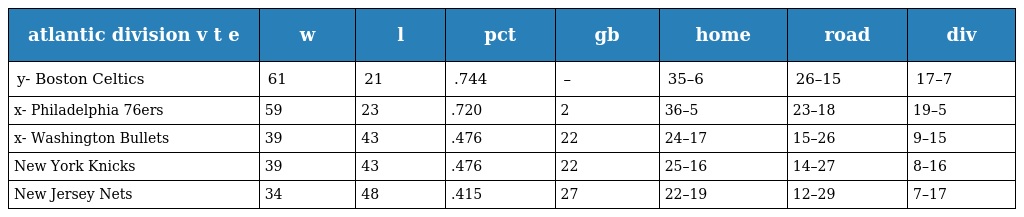
| atlantic division v t e | w | l | pct | gb | home | road | div |
 | --- | --- | --- | --- | --- | --- | --- | --- |
 | y- Boston Celtics | 61 | 21 | .744 | – | 35–6 | 26–15 | 17–7 |
 | x- Philadelphia 76ers | 59 | 23 | .720 | 2 | 36–5 | 23–18 | 19–5 |
 | x- Washington Bullets | 39 | 43 | .476 | 22 | 24–17 | 15–26 | 9–15 |
 | New York Knicks | 39 | 43 | .476 | 22 | 25–16 | 14–27 | 8–16 |
 | New Jersey Nets | 34 | 48 | .415 | 27 | 22–19 | 12–29 | 7–17 |